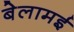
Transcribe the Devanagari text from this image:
बेलामई